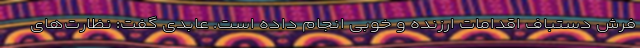
فرش دستباف اقدامات ارزنده و خوبی انجام داده است. عابدی گفت: نظارت‌های